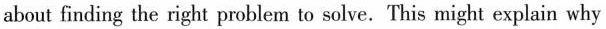
about finding the right problem to solve.This might explain why